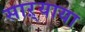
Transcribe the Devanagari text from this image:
साऱ्याया